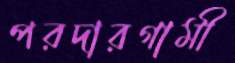
পরদারগামী